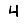
Digit: 4